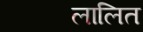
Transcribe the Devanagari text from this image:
लालित